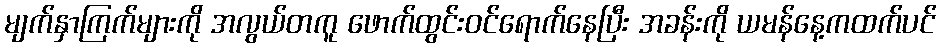
မျက်နှာကြက်များကို အလွယ်တကူ ဖောက်ထွင်းဝင်ရောက်နေပြီး အခန်းကို ယမန်နေ့ကထက်ပင်